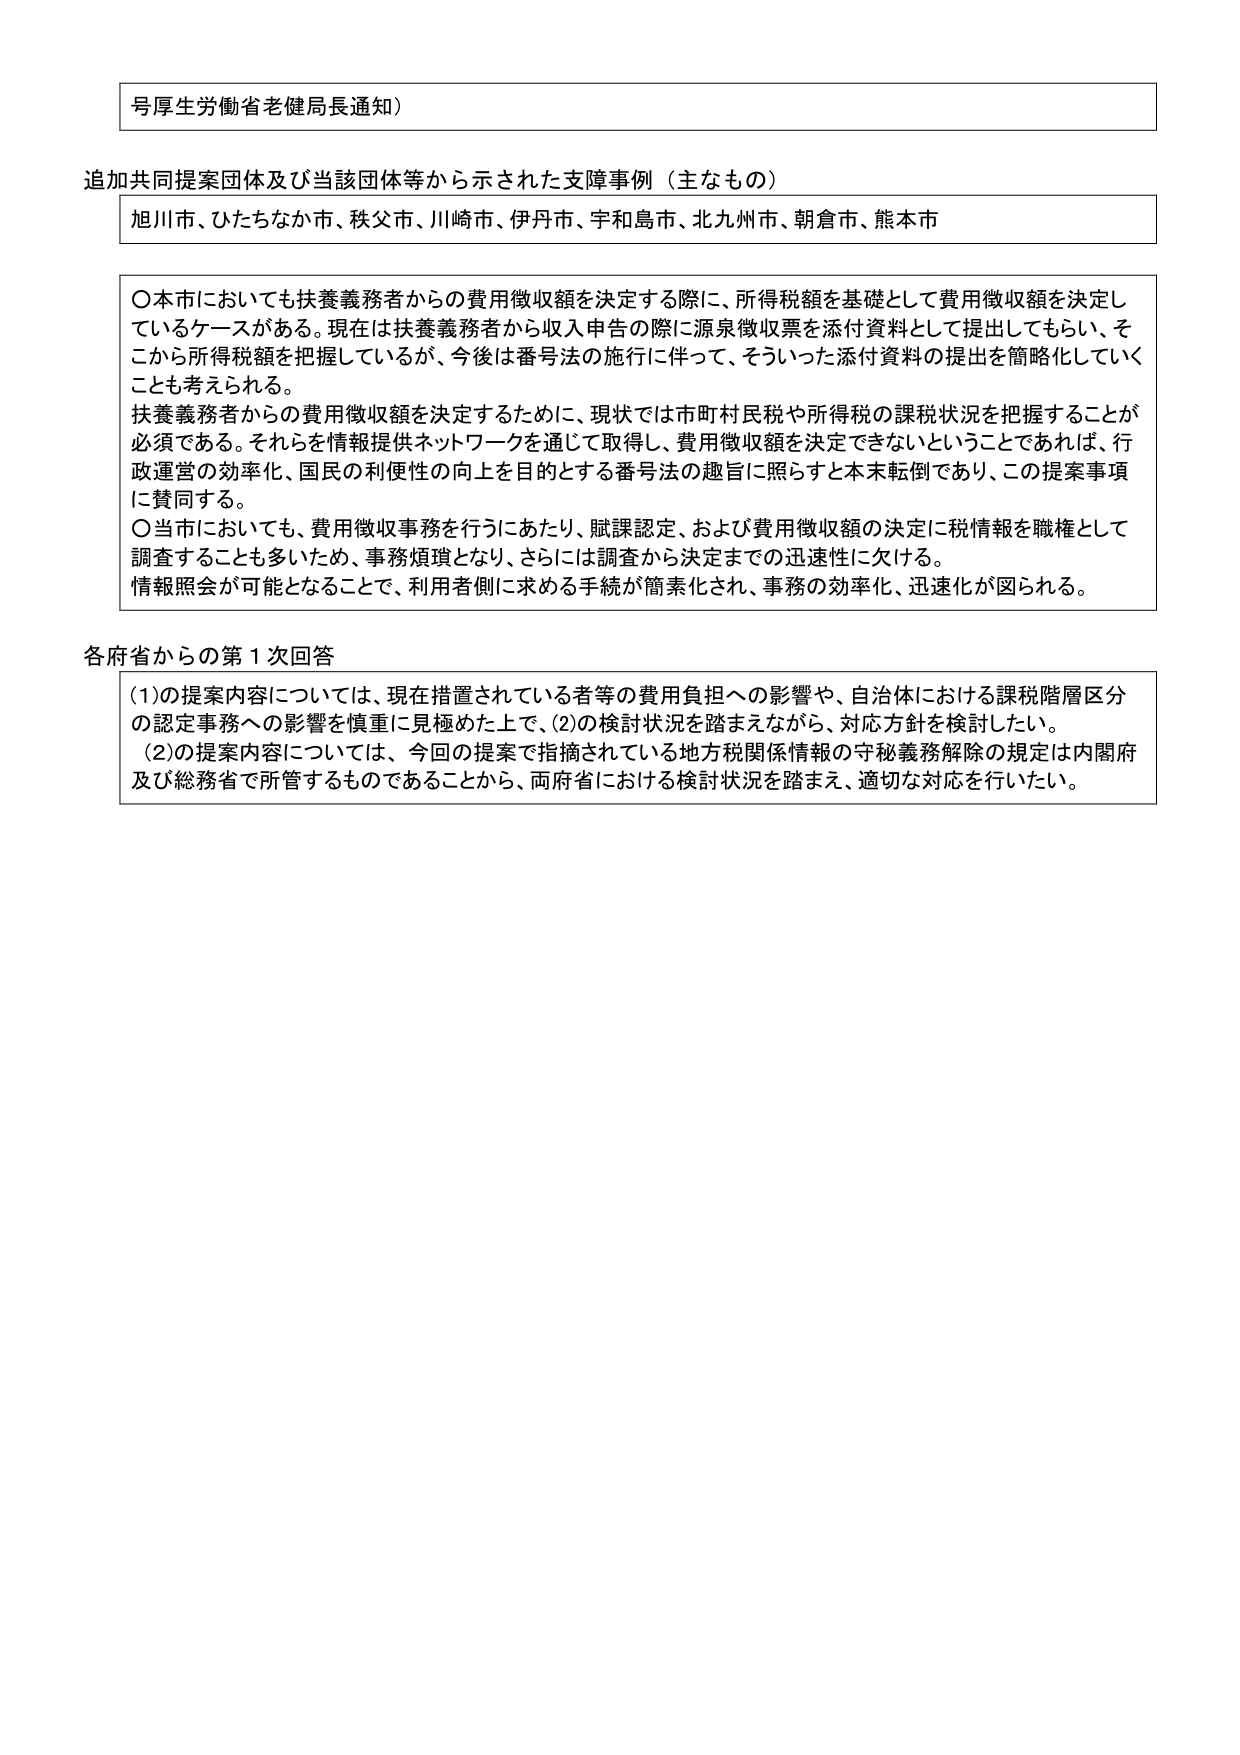
号厚生労働省老健局長通知）

追加共同提案団体及び当該団体等から示された支援事例（主なもの）
旭川市、ひたちなか市、秩父市、川崎市、伊丹市、宇和島市、北九州市、朝倉市、熊本市

〇本市においても扶養義務者からの費用徴収額を決定する際に、所得税額を基礎として費用徴収額を決定しているケースがある。現在は扶養義務者から収入申告の際に源泉徴収票を添付資料として提出してもらい、そこから所得税額を把握しているが、今後は番号法の施行に伴って、そういった添付資料の提出を簡略化していくことも考えられる。
扶養義務者からの費用徴収額を決定するために、現状では市町村民税や所得税の課税状況を把握することが必須である。それらを情報提供ネットワークを通じて取得し、費用徴収額を決定できないということであれば、行政運営の効率化、国民の利便性の向上を目的とする番号法の趣旨に照らすと本末転倒であり、この提案事項に賛同する。
〇当市においても、費用徴収事務を行うにあたり、賦課認定、および費用徴収額の決定に税情報を職権として調査することも多いため、事務煩雑となり、さらには調査から決定までの迅速性に欠ける。
情報照会が可能となることで、利用者側に求める手続が簡素化され、事務の効率化、迅速化が図られる。

各府省からの第1次回答
(1)の提案内容については、現在措置されている者等の費用負担への影響や、自治体における課税階層区分の認定事務への影響を慎重に見極めた上で、(2)の検討状況を踏まえながら、対応方針を検討したい。
(2)の提案内容については、今回の提案で指摘されている地方税関係情報の守秘義務解除の規定は内閣府及び総務省で所管するものであることから、両府省における検討状況を踏まえ、適切な対応を行いたい。